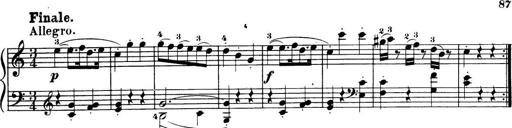
Title: 32 Sonatinas and Rondos for the Piano
Composer: Richard Kleinmichel